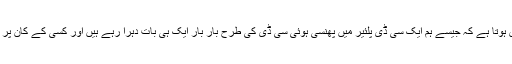
کسی کسی دن ایسا محسوس ہوتا ہے کہ جیسے ہم ایک سی ڈی پلئیر میں پھنسی ہوئی سی ڈی کی طرح بار بار ایک ہی بات دہرا رہے ہیں اور کسی کے کان پر جوں تک نہیں رینگ رہی۔